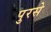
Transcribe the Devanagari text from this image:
पुरसे